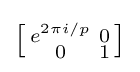
\left[{\begin{smallmatrix}e^{2\pi i/p}&0\\0&1\\\end{smallmatrix}}\right]